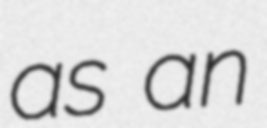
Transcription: as an